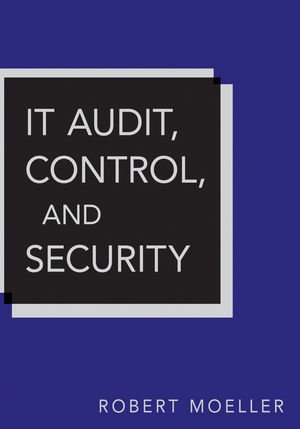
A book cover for IT Audit, Control, and Security; Robert R. Moeller; Business & Money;